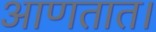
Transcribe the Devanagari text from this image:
आणतात।